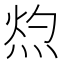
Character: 𭴰